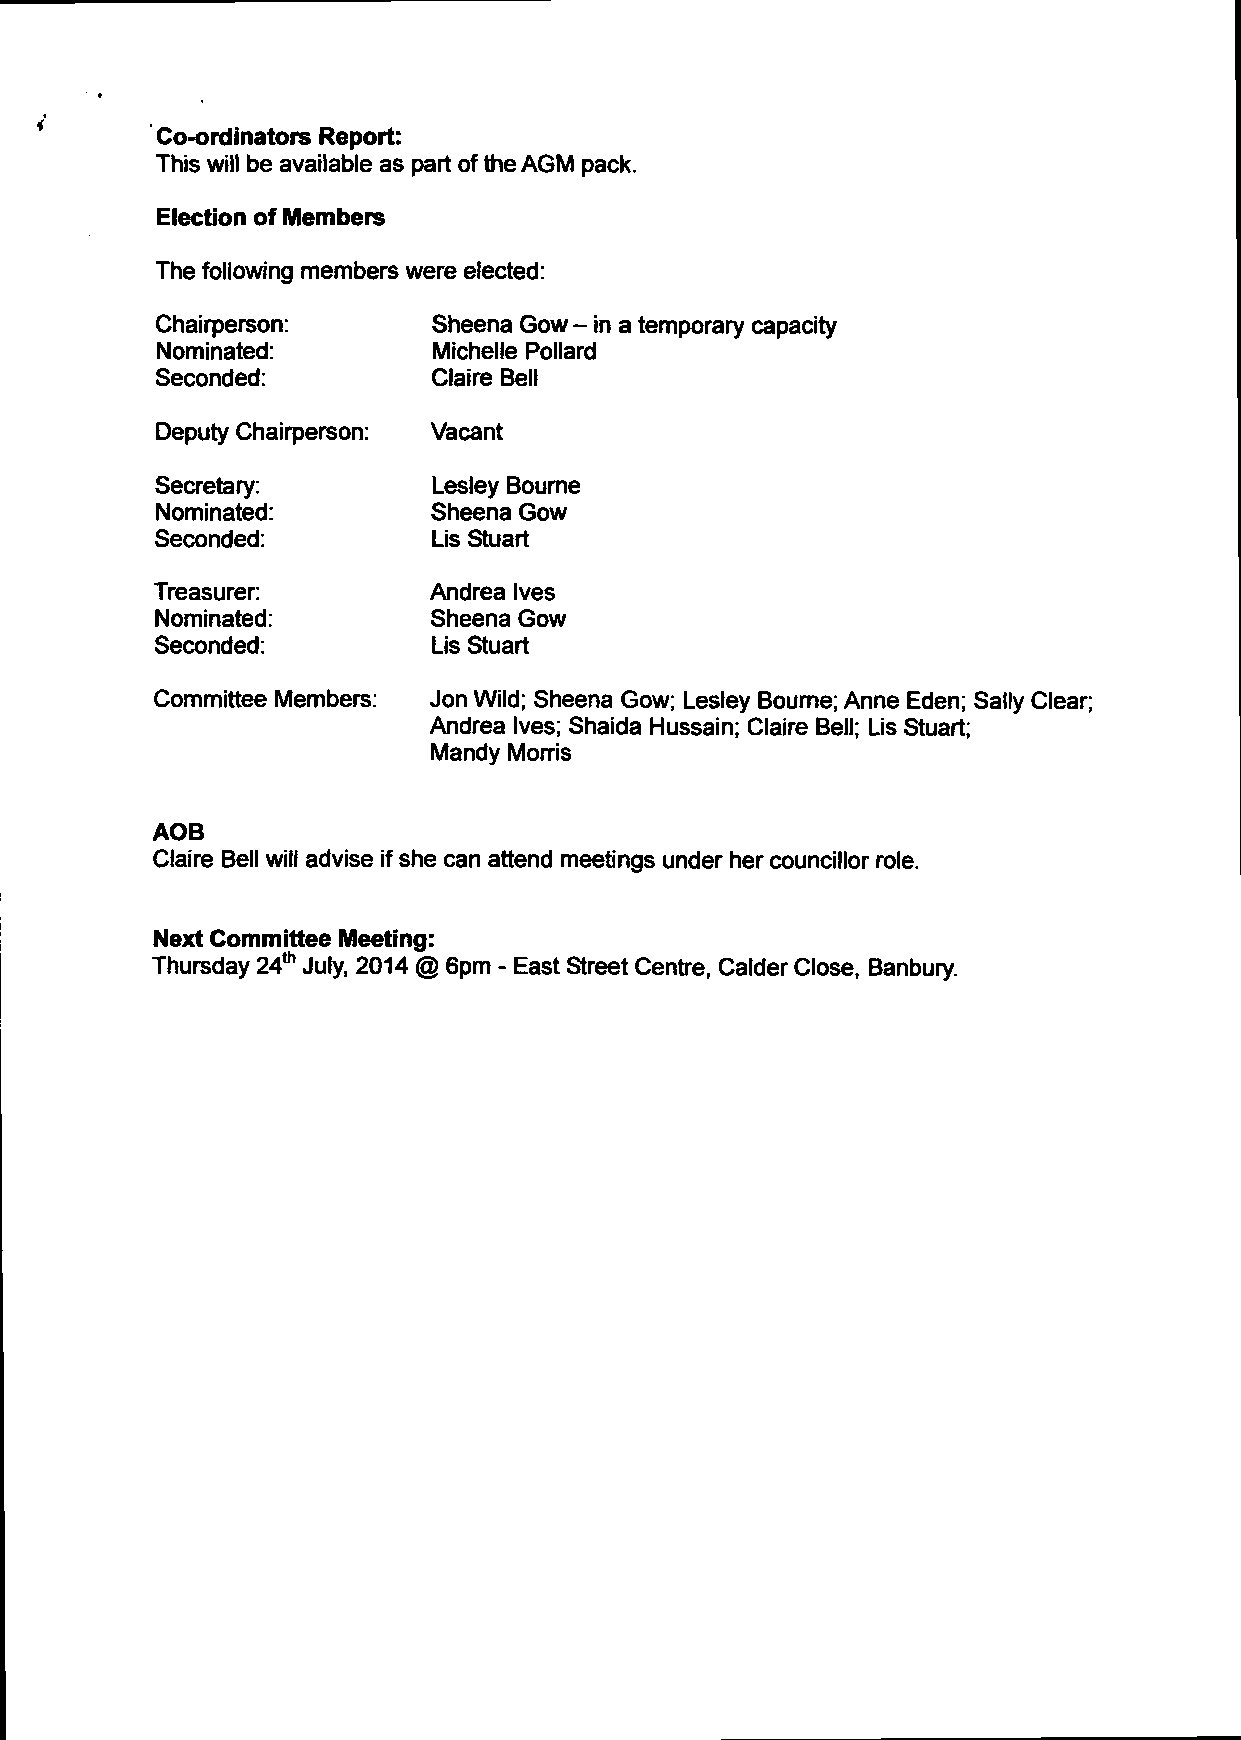
Co-ordinators Report:
 This will be available as part of the AGM pack.
 Election of Members
 The following members were elected:
 Chairperson:       Sheena Gow - in a temporary capacity
 Nominated:         Michelle Pollard
 Seconded:          Claire Bell
 Deputy Chairperson: Vacant
 Secretary:         Lesley Bourne
 Nominated:         Sheena Gow
 Seconded:          Lis Stuart
 Treasurer:        Andrea Ives
 Nominated:         Sheena Gow
 Seconded:          Lis Stuart
 Committee Members: Jon Wild; Sheena Gow; Lesley Bourne; Anne Eden; Sally Clear;
 Andrea Ives; Shaida Hussain; Claire Bell; Lis Stuart;
 Mandy Morris
 AOB
 Claire Bell will advise if she can attend meetings under her councillor role.
 Next Committee Meeting:
 Thursday 24th July, 2014 @ 6pm - East Street Centre, Calder Close, Banbury.